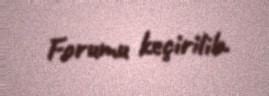
Forumu keçirilib.